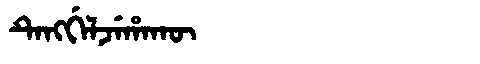
Manchu: ᡨᡝᠩᡤᡝᠯᠵᡝᡥᠠᡴᡡ
Romanization: TENGGELJEHAKŪ